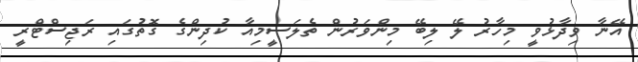
އޭނާ ވިދާޅުވީ މިހާރު ލޭ ލިބޭ މިންވަރުން ތެލަސީމިއާ ކުދިންގެ ގޮތުގައި ރަޖިސްޓްރީ